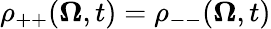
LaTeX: \rho_{++}(\mathbf{\Omega},t)=\rho_{--}(\mathbf{\Omega},t)